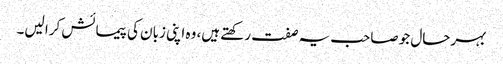
بہرحال جو صاحب یہ صفت رکھتے ہیں، وہ اپنی زبان کی پیمائش کرا لیں۔